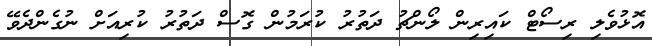
އޮޅުވެލި ރިސޯޓް ކައިރިން ލޯންޗު ދަތުރު ކުރަމުން ގޮސް ދަތުރު ކުރިއަށް ނުގެންދެވޭ